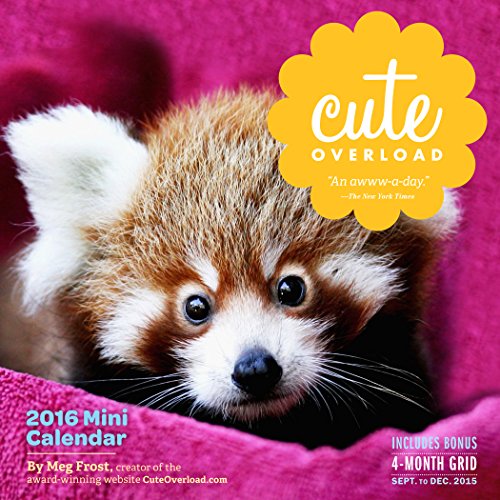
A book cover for Cute Overload Mini Wall Calendar 2016; Meg Frost; Calendars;